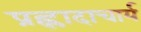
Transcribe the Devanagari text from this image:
प्रह्लादाचार्य